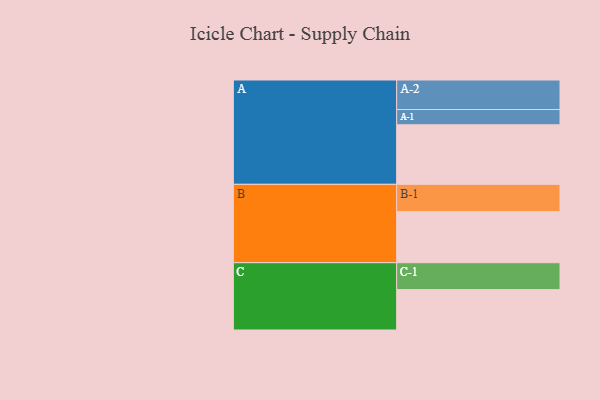
{"axis": {"x": "Segment", "y": "Value"}, "legend": ["", "A", "B", "C"], "data": [{"x": "A", "y": 500, "type": ""}, {"x": "B", "y": 429, "type": ""}, {"x": "C", "y": 339, "type": ""}, {"x": "A-1", "y": 128, "type": "A"}, {"x": "A-2", "y": 248, "type": "A"}, {"x": "B-1", "y": 229, "type": "B"}, {"x": "C-1", "y": 226, "type": "C"}]}